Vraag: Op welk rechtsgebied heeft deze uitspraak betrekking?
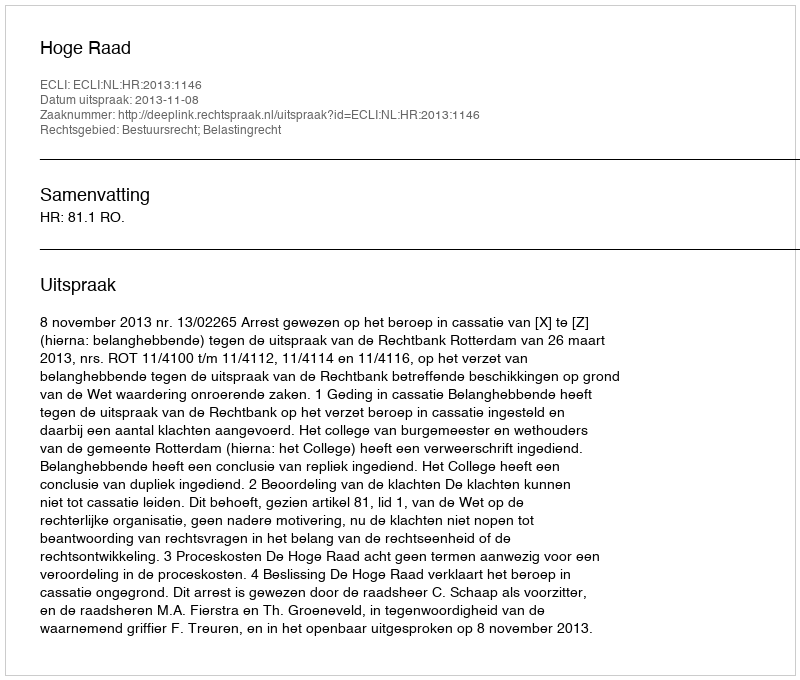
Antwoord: Bestuursrecht; Belastingrecht